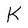
Character: K